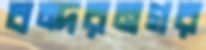
বন্দরনগর